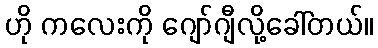
ဟို ကလေးကို ဂျော်ဂျီလို့ခေါ်တယ်။